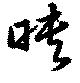
映